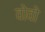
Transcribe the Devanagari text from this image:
वोवो